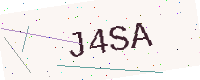
Text: J4SA